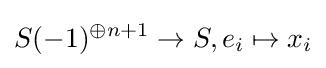
S(-1)^{\oplus n+1}\to S,e_{i}\mapsto x_{i}